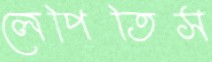
লেপিতিস